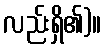
လည်းရှိ၏)။